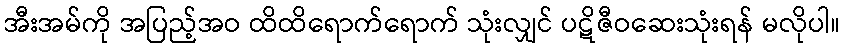
အီးအမ်ကို အပြည့်အဝ ထိထိရောက်ရောက် သုံးလျှင် ပဋိဇီဝဆေးသုံးရန် မလိုပါ။